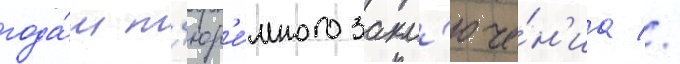
года́м т'юр'е́много закл'юче́н'иа //